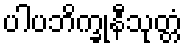
ပါပဘိက္ခုနီသုတ္တံ